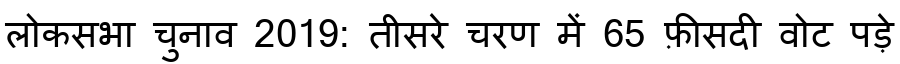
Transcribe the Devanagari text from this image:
लोकसभा चुनाव 2019: तीसरे चरण में 65 फ़ीसदी वोट पड़े